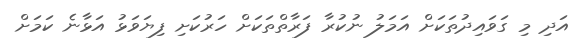
އަދި މި ގަވައިދުތަކަށް އަމަލު ނުކުރާ ފަރާތްތަކަށް ހަރުކަށި ފިޔަވަޅު އަޅާނެ ކަމަށް